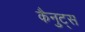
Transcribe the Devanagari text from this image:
कैनुट्स